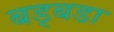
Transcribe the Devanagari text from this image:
बड्बडा